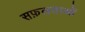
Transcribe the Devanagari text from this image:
सफ़लताओं